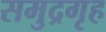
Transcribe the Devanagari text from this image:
समुद्रगृह